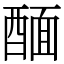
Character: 䤄